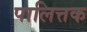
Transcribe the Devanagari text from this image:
पालित्तक